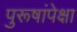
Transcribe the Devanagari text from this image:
पुरूषांपेक्षा